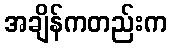
အချိန်ကတည်းက